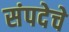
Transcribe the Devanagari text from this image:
संपदेचे